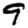
Digit: 9